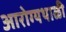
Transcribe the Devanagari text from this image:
आरोग्यथाळी